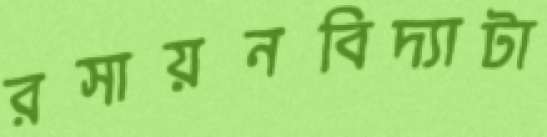
রসায়নবিদ্যাটা